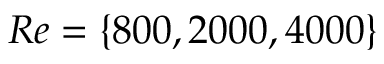
R e = \left\lbrace 8 0 0 , 2 0 0 0 , 4 0 0 0 \right\rbrace